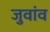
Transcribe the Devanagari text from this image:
जुवांव